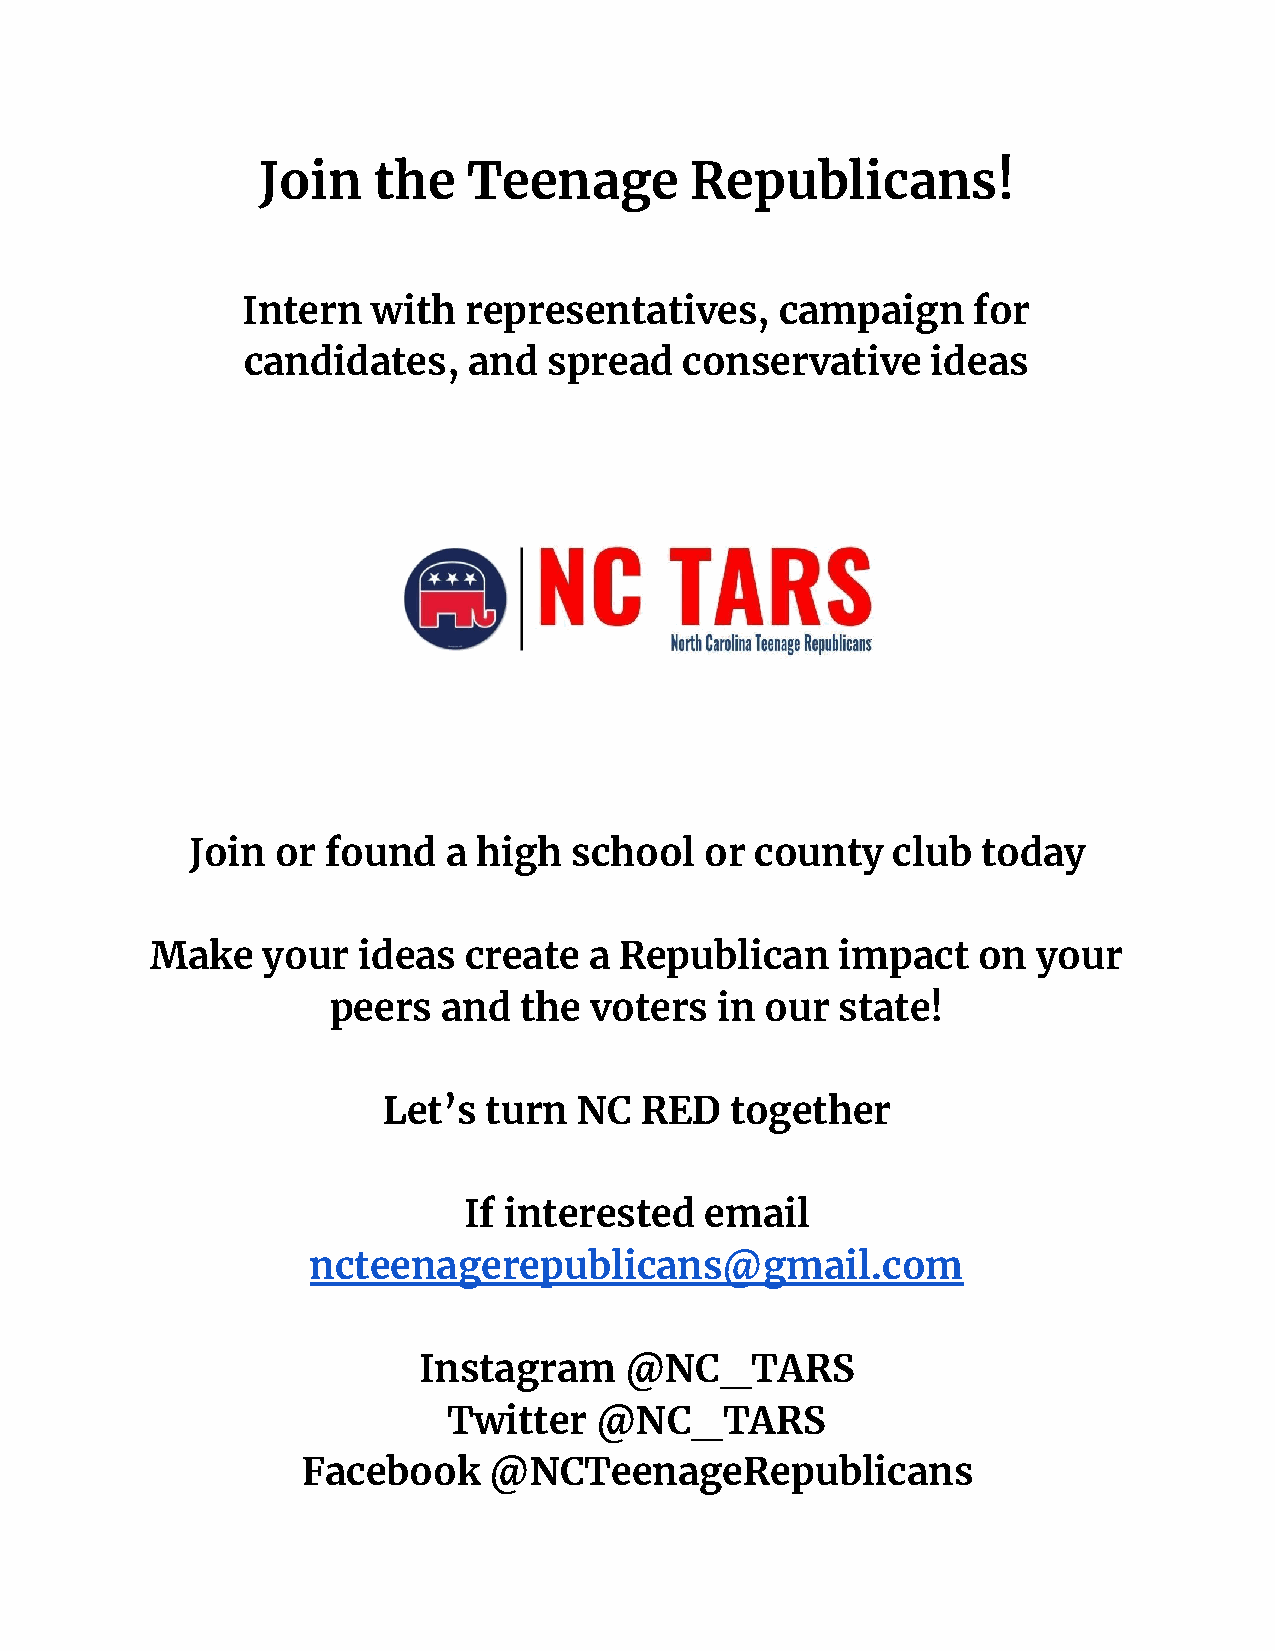
Join    the   Teenage        Republicans!
 Intern   with  representatives,     campaign    for
 candidates,    and  spread   conservative     ideas
 Join or  found   a high  school   or county   club  today
 Make   your   ideas  create  a Republican    impact    on  your
 peers  and  the  voters  in  our  state!
 Let’s  turn  NC  RED   together
 If interested   email
 ncteenagerepublicans@gmail.com
 Instagram    @NC_TARS
 Twitter  @NC_TARS
 Facebook    @NCTeenageRepublicans